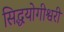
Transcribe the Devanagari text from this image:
सिद्धयोगीश्वरी